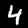
Label: 4